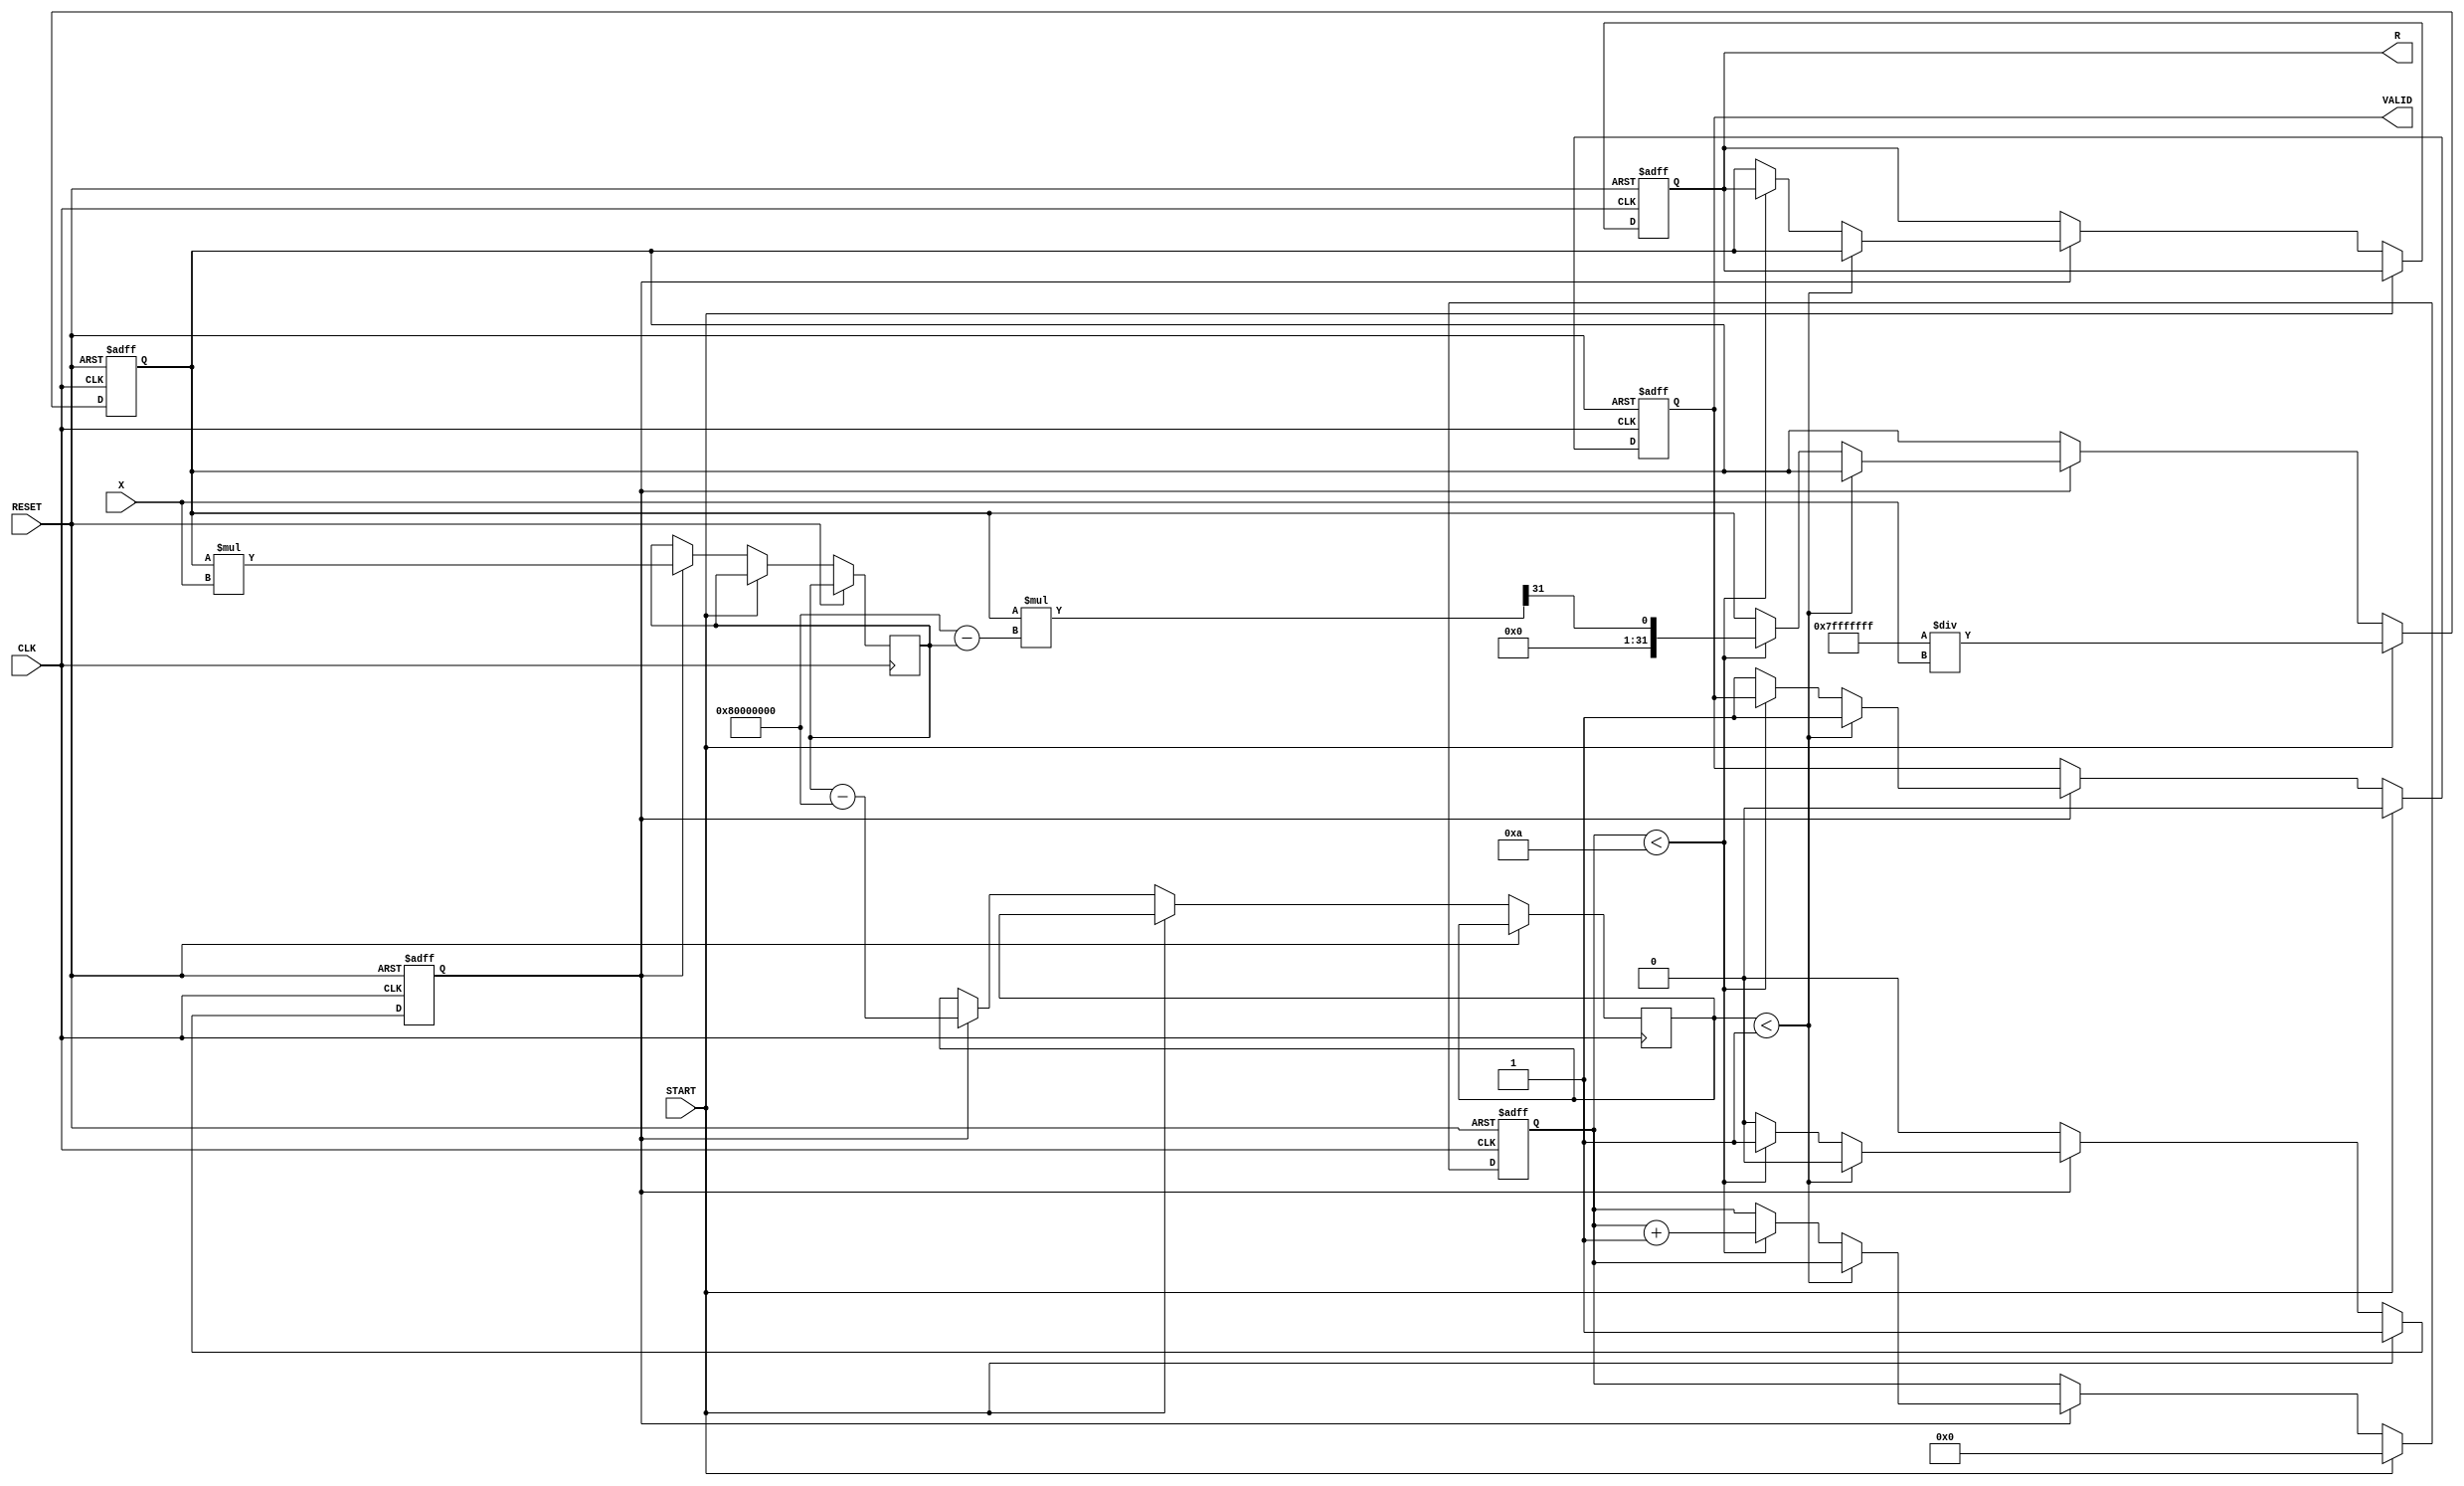
module iterative_reciprocal (
    input wire [31:0] X,         // Input value (Q1.31 format)
    input wire START,            // Start signal
    input wire CLK,              // Clock signal
    input wire RESET,            // Asynchronous reset
    output reg [31:0] R,         // Reciprocal result (Q1.31 format)
    output reg VALID             // Valid signal
);

    // Internal parameters
    parameter MAX_ITERATIONS = 10; // Maximum number of iterations
    parameter CONVERGENCE_THRESHOLD = 32'h00000001; // Convergence threshold (1 in Q1.31)

    // Internal registers
    reg [31:0] approx;            // Current approximation of the reciprocal
    reg [31:0] product;           // Product of approx and X
    reg [31:0] difference;        // Difference for convergence check
    reg [3:0] iteration_count;    // Iteration counter
    reg computing;                // Flag to indicate if computation is ongoing

    // Asynchronous reset and control logic
    always @(posedge CLK or posedge RESET) begin
        if (RESET) begin
            R <= 32'b0;
            VALID <= 1'b0;
            approx <= 32'b0;
            iteration_count <= 4'b0;
            computing <= 1'b0;
        end else if (START) begin
            // Initialize for a new computation
            approx <= 32'h7FFFFFFF / X; // Initial guess (1/X)
            iteration_count <= 4'b0;
            computing <= 1'b1;
            VALID <= 1'b0;
        end else if (computing) begin
            // Iterative process
            product <= approx * X; // Multiply current approximation by input
            difference <= product - 32'h80000000; // Check against 1 (0.5 in Q1.31)

            // Check for convergence
            if (difference < CONVERGENCE_THRESHOLD) begin
                computing <= 1'b0; // Stop computing
                R <= approx;       // Store the result
                VALID <= 1'b1;     // Set valid signal
            end else if (iteration_count < MAX_ITERATIONS) begin
                // Update approximation using Newton-Raphson formula
                approx <= approx * (32'h80000000 - product) >> 31; // approx * (1 - approx * X)
                iteration_count <= iteration_count + 1; // Increment iteration count
            end else begin
                computing <= 1'b0; // Stop computing after max iterations
                R <= approx;       // Store the result
                VALID <= 1'b1;     // Set valid signal
            end
        end
    end

endmodule